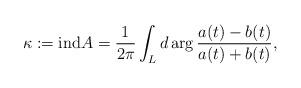
LaTeX: \begin{align*} \kappa:=\mbox{ind} A=\frac{1}{2\pi} \int_L d \arg\frac{a(t)-b(t)}{a(t)+b(t)}, \end{align*}